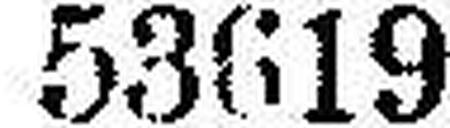
53619